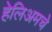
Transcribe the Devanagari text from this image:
हेलिअमचे